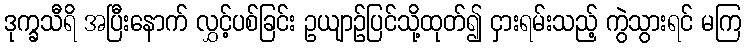
ဒုက္ခသီရိ အပြီးနောက် လွှင့်ပစ်ခြင်း ဥယျာဉ်ပြင်သို့ထုတ်၍ ငှားရမ်းသည့် ကွဲသွားရင် မကြ